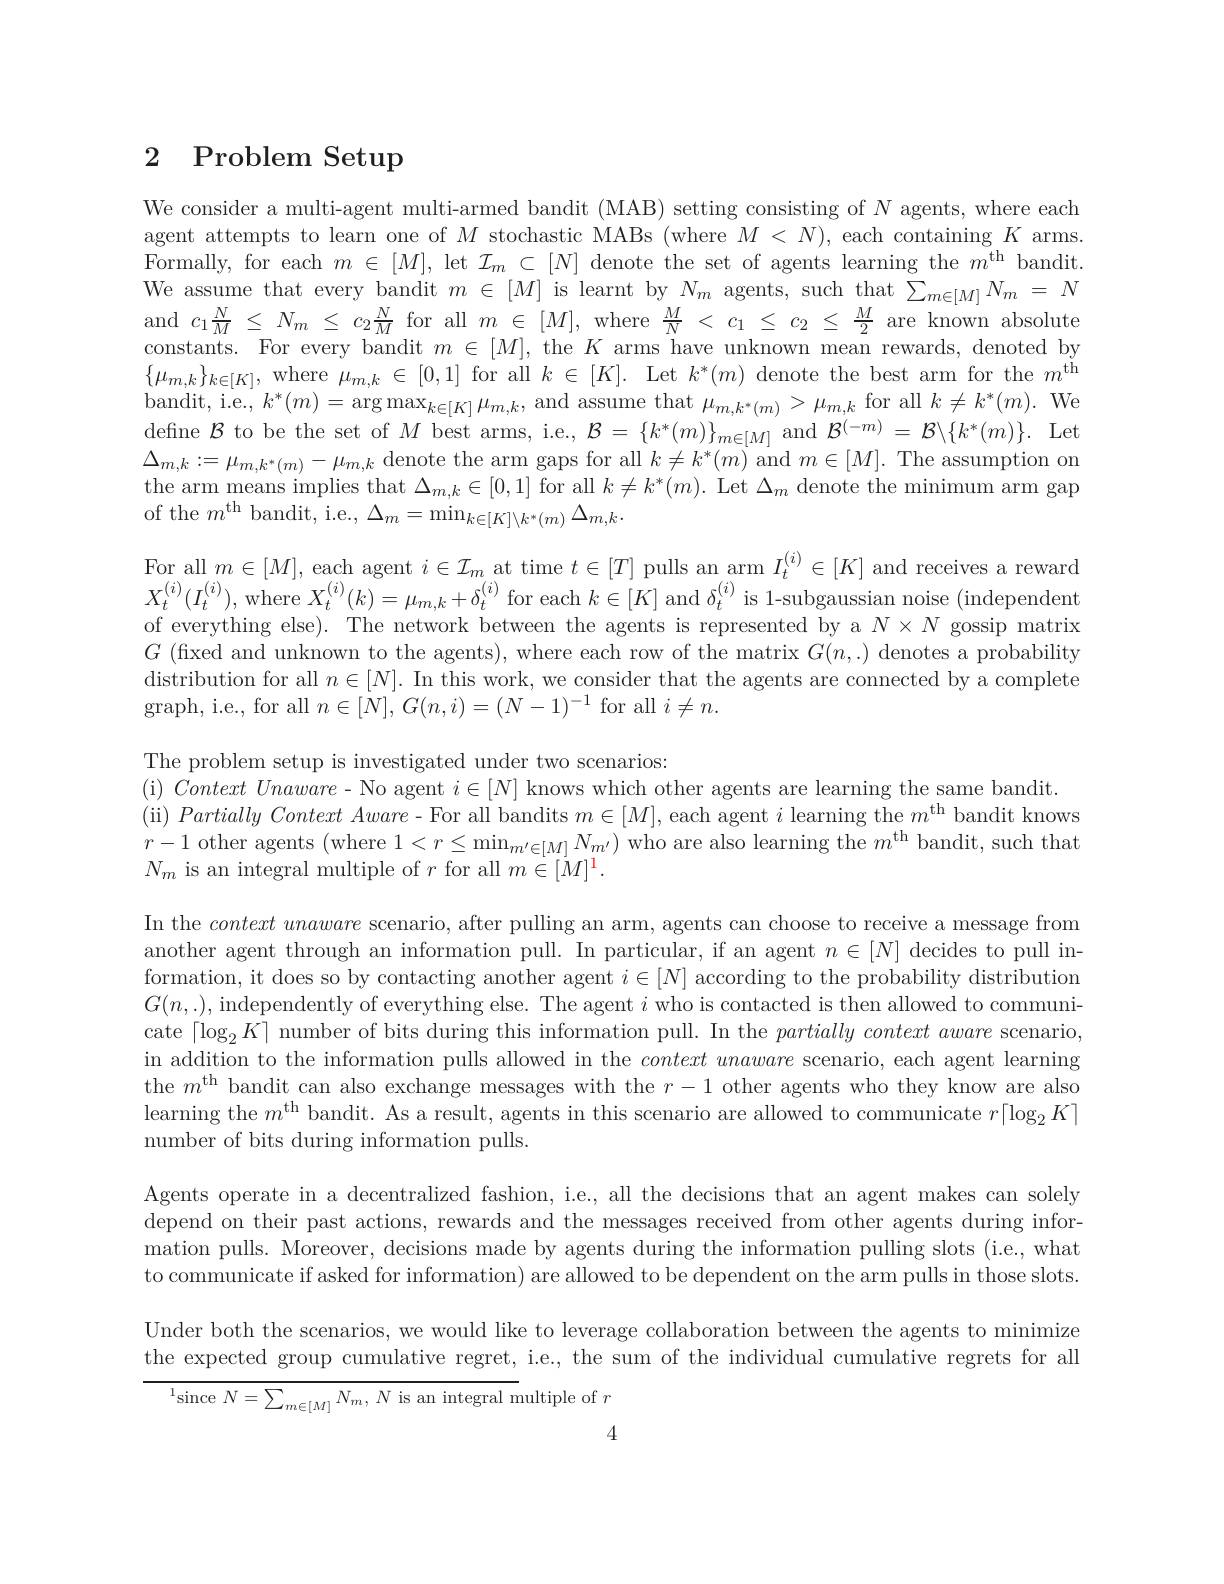
### 2 Problem Setup

We consider a multi-agent multi-armed bandit (MAB) setting consisting of $N$ agents, where each agent attempts to learn one of $M$ stochastic MABs (where $M<N)$, each containing $K$ arms. Formally, for each $m\in[M]$, let $\mathcal{I}_m\subset[N]$ denote the set of agents learning the $m^\mathrm{th}$ bandit. We assume that every bandit $m\in[M]$ is learnt by $N_m$ agents, such that $\sum_{m\in[M]}N_m=N$ and $c_1\frac NM\leq N_m\leq c_2\frac NM$ for all $m\in[M]$, where $\frac MN<c_1\leq c_2\leq\frac M2$ are known absolute constants. For every bandit $m\in[M]$, the $K$ arms have unknown mean rewards, denoted by $\{\mu_{m,k}\}_{k\in[K]}$, where $\mu_{m,k}\in[0,1]$ for ail $k\in[K].$ Let $k^*(m)$ denote the best arm for the $m^\mathrm{th}$ bandit, i.e., $k^*(m)=\arg\max_{k\in[K]}\mu_{m,k}$, and assume that $\mu_{m,k^*(m)}>\mu_{m,k}$ for all $k\neq k^*(m).$ We define $\mathcal{B}$ to be the set of $M$ best arms, i.e., $\mathcal{B}=\{k^*(m)\}_{m\in[M]}$ and $\mathcal{B}^{(-m)}=\mathcal{B}\backslash\{k^*(m)\}.$ Let $\Delta_{m,k}:=\mu_{m,k^{*}(m)}-\mu_{m,k}$ denote the arm gaps for all $k\neq k^*(m)$ and $m\in[M].$ The assumption on the arm means implies that $\Delta_{m,k}\in[0,1]$ for all $k\neq k^*(m).$ Let $\Delta_m$ denote the minimum arm gap of the $m^\mathrm{th}$ bandit, i.e., $\Delta_m=\operatorname*{min}_k\in[K]\backslash k^*(m)\Delta_{m,k}.$

For all $m\in[M]$, each agent $i\in\mathcal{I}_m$ at time $t\in[T]$ pulls an arm $I_t^(i)\in[K]$ and receives a reward $X_{t}^{(i)}(I_{t}^{(i)})$,where $X_{t}^{(i)}(k)=\mu_{m,k}+\delta_{t}^{(i)}$for each $k\in[K]$ and $\delta_t^{(i)}$ is 1-subgaussian noise (independent of everything else). The network between the agents is represented by a $N\times N$ gossip matrix $G$ (fixed and unknown to the agents), where each row of the matrix $G(n,.)$ denotes a probability distribution for all $n\in[N].$ In this work, we consider that the agents are connected by a complete graph, i.e., for all $n\in[N],G(n,i)=(N-1)^{-1}$ for all $i\neq n.$

The problem setup is investigated under two scenarios:
( i) Context Unaware - No agent $i\in [ N]$ knows which other agents are learning the same bandit.
(ii) Partially Context Aware- For all bandits $m\in[M]$, each agent $i$ learning the $m^\mathrm{th}$ bandit knows $r-1$ other agents (where $1<r\leq\min_{m^{\prime}\in[M]}N_{m^{\prime}})$ who are also learning the $m^\mathrm{th}$ bandit, such that $N_{m}$ is an integral multiple of $r$ for all $m\dot\in[M]^{1}.$

In the contextunaware scenario, after pulling an arm, agents can choose to receive a message from another agent through an information pull. In particular, if an agent $n\in[N]$ decides to pull information, it does so by contacting another agent $i\in[N]$ according to the probability distribution $G(n,.)$, independently of everything else. The agent $i$ who is contacted is then allowed to communicate $\lceil\log_2K\rceil$ number of bits during this information pull. In the partially context aware scenario, in addition to the information pulls allowed in the context unaware scenario, each agent learning the $m^\mathrm{th}$ bandit can also exchange messages with the $r-1$ other agents who they know are also learning the $m^\text{th bandit. As a result, agents in this scenario are allowed to communicate }r\lceil\log_2K\rceil$ number of bits during information pulls.

Agents operate in a decentralized fashion, i.e., all the decisions that an agent makes can solely depend on their past actions, rewards and the messages received from other agents during information pulls. Moreover, decisions made by agents during the information pulling slots (i.e., what to communicate if asked for information) are allowed to be dependent on the arm pulls in those slots. Under both the scenarios, we would like to leverage collaboration between the agents to minimize the expected group cumulative regret, i.e., the sum of the individual cumulative regrets for all

${^{1}\mathrm{since~}N=\sum_{m\in[M]}N_{m},~N~\mathrm{is~an~integral~multiple~of~}r}$

4